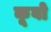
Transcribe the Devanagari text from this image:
कूवो